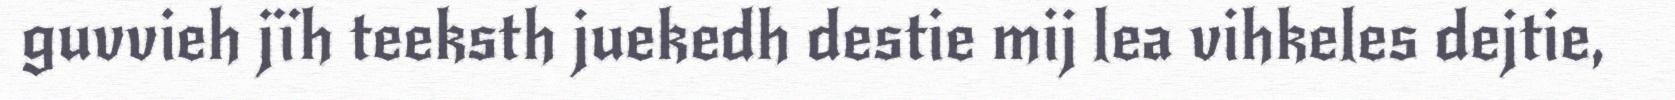
guvvieh jïh teeksth juekedh destie mij lea vihkeles dejtie,